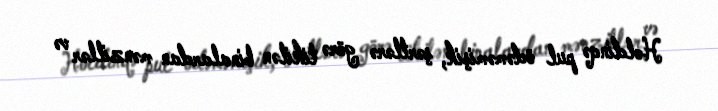
Holdinqə pul ödəməmişik, şərtlərə görə tikilən binalardan mənzillər və